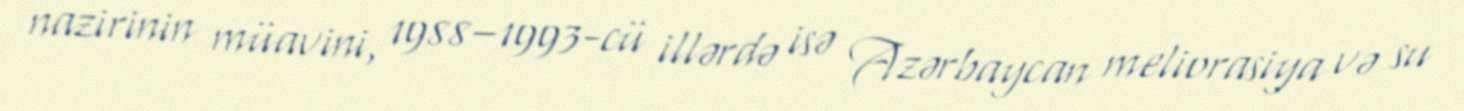
nazirinin müavini, 1988–1993-cü illərdə isə Azərbaycan meliorasiya və su